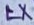
Text: LX